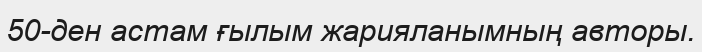
50-ден астам ғылым жарияланымның авторы.